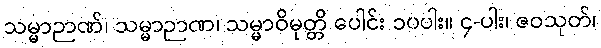
သမ္မာဉာဏ်၊ သမ္မာဉာဏ၊ သမ္မာဝိမုတ္တိ ပေါင်း ၁၀ပါး။ ၄-ပါး၊ ဇဝသုတ်၊